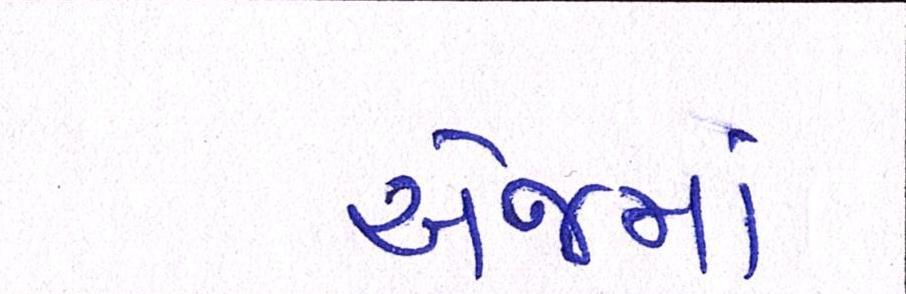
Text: એજમાં